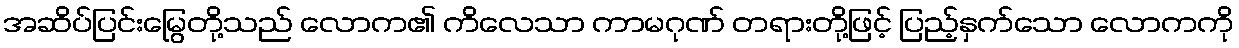
အဆိပ်ပြင်းမြွေတို့သည် လောက၏ ကိလေသာ ကာမဂုဏ် တရားတို့ဖြင့် ပြည့်နှက်သော လောကကို